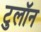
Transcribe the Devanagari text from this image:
टुलॉन